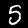
Label: 5